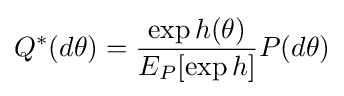
Q^{*}(d\theta )={\frac {\exp h(\theta )}{E_{P}[\exp h]}}P(d\theta )